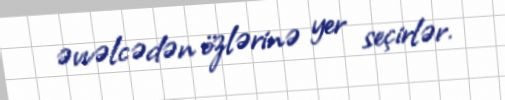
əvvəlcədən özlərinə yer seçirlər.